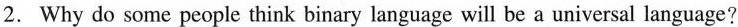
2.Why do some people think binary language will be a universal language?